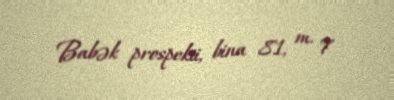
Babək prospekti, bina 81, m. 7